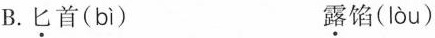
B.匕首( bì ) 露馅( lòu )